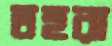
তহুরা